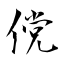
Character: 傥